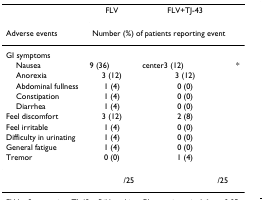
|  | FLV | FLV+TJ-43 |  |
 | Adverse events | <COLSPAN=2> Number (%) of patients reporting event |  |
 | --- | --- | --- | --- |
 | GI symptoms |  |  |  |
 | Nausea | 9 (36) | center3 (12) | * |
 | Anorexia | 3 (12) | 3 (12) |  |
 | Abdominal fullness | 1 (4) | 0 (0) |  |
 | Constipation | 1 (4) | 0 (0) |  |
 | Diarrhea | 1 (4) | 0 (0) |  |
 | Feel discomfort | 3 (12) | 2 (8) |  |
 | Feel irritable | 1 (4) | 0 (0) |  |
 | Difficulty in urinating | 1 (4) | 0 (0) |  |
 | General fatigue | 1 (4) | 0 (0) |  |
 | Tremor | 0 (0) | 1 (4) |  |
 |  | /25 | /25 |  |